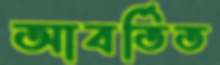
আবর্তিত